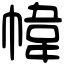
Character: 幃